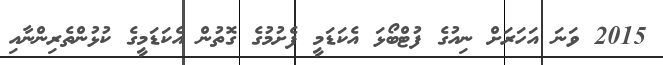
2015 ވަނަ އަހަރަށް ނިއުގެ ފުޓްބޯޅަ އެކަަޑަމީ ފެށުމުގެ ގޮތުން އެކަޑަމީގެ ކުޅުންތެރިންނާއި